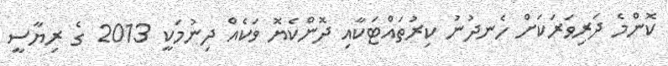
ކޮންމެ ދަރިވަރަކަށް ހެނދުނު ކިރުތައްޓަކާއި ދޮންކެޔޮ ވަކެއް ދިނުމަކީ 2013 ގެ ރިޔާސީ